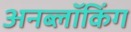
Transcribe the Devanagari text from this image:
अनब्लॉकिंग